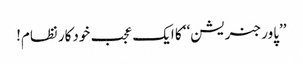
’’پاور جنریشن‘‘ کا ایک عجب خودکار نظام!